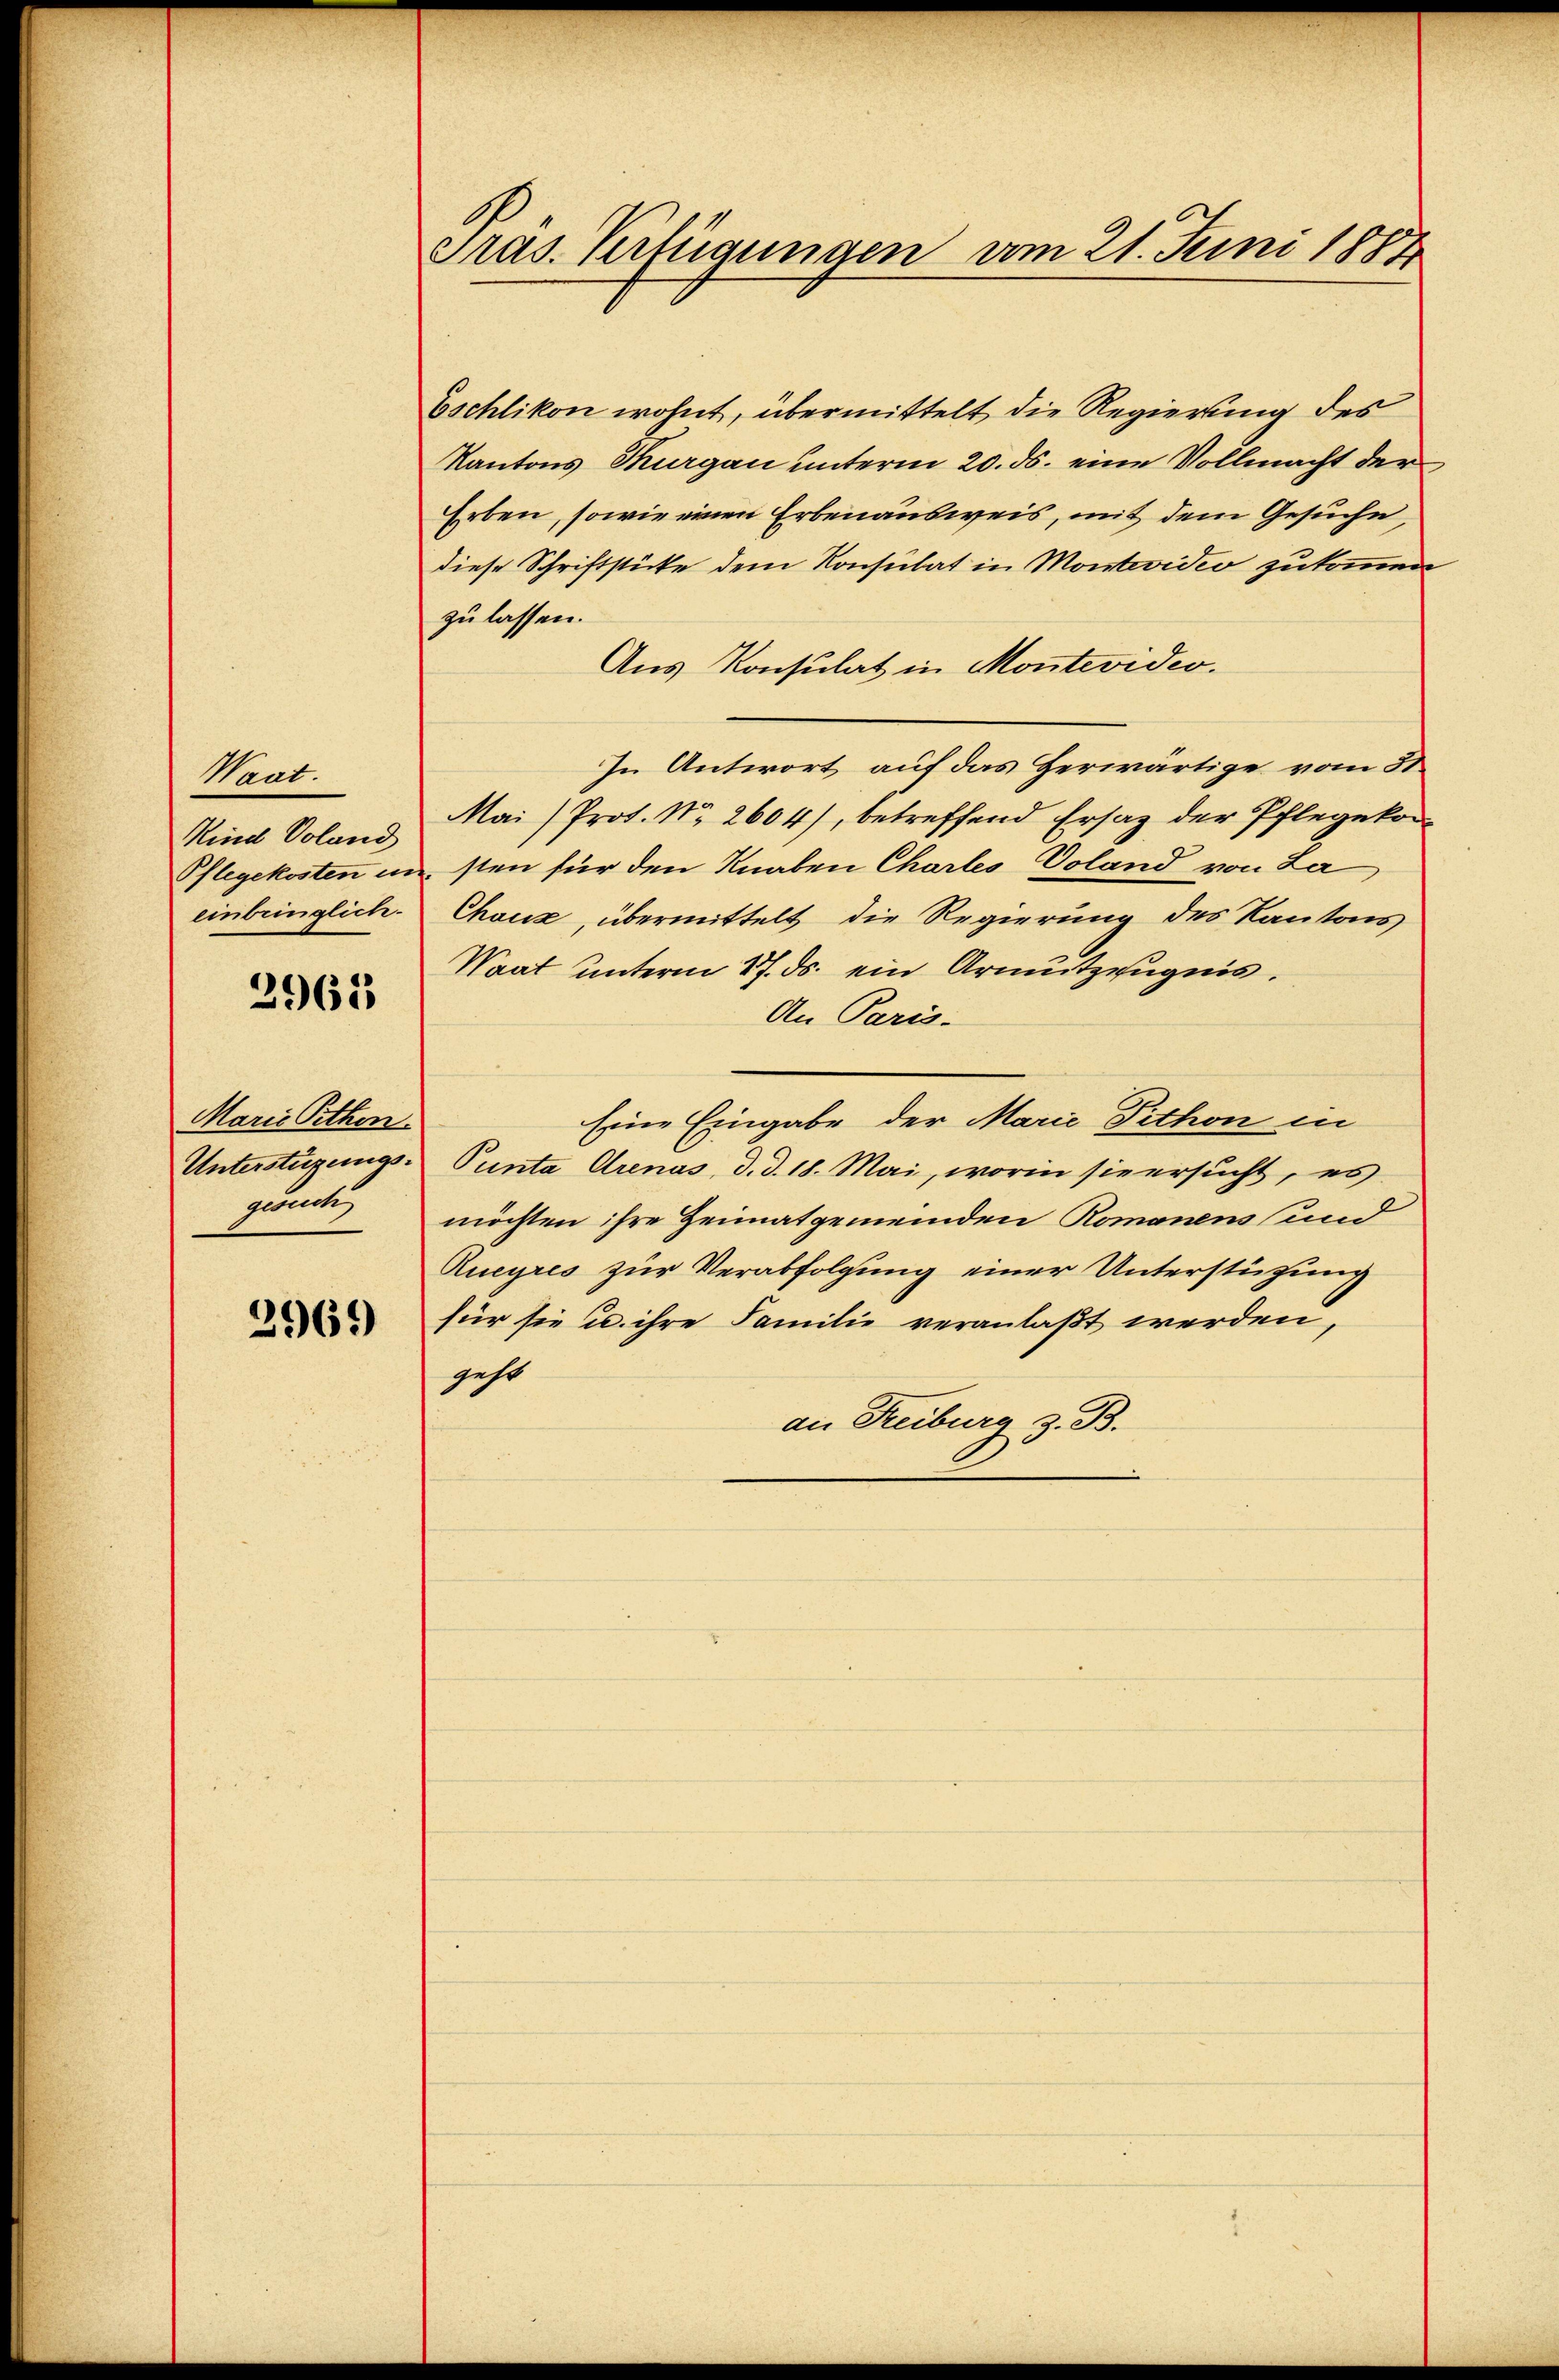
Waat.
Kind Voland
Pflegekosten in
einbringlich.

2961

Marie Pethon.
Unterstüzungs
gewalte

2969

Pras. Verfügungen vom 21. Juni 1884

Eschlikon wohnt, übermittelt die Regierung des
Kantons Thurgau unterm 20. ds. eine Vollmacht der
Erben, sowie einen Erbenausweis, mit dem Gesuche,
diese Schriftstücke dem Konsulat in Montevidio zukommen
zu lassen.
Aus Konsulat in Montevideo.
In Antwort auf das Herwärtige vom 31.
Mai/Prot. No. 2604), betreffend Ersatz der Pflegekon
sten für den Knaben Chartes Voland von La
Chaux, übermittelt die Regierung des Kantons
Saat unterm 27. ds. ein Armutzeugnis.
An Paris.
Eine Eingabe der Marie Pithon in
Punta Arenas, d. d. 18. Mai, worin sie ersucht, es
möchten ihre Heimatgemeinden Romanens und
Rueyres zur Verabfolgung einer Unterstützung
für sie u. ihre Familie veranlaßt werden,
geht
an Freiburg z. B.